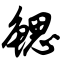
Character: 鳃